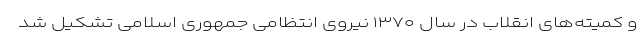
و کمیته‌های انقلاب در سال ۱۳۷۰ نیروی انتظامی جمهوری اسلامی تشکیل شد